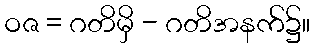
ဝဇ = ဂတိမှိ - ဂတိအနက်၌။